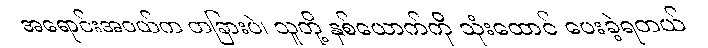
အရောင်းအဝယ်က တခြားပဲ၊ သူတို့ နှစ်ယောက်ကို သုံးထောင် ပေးခဲ့ရတယ်